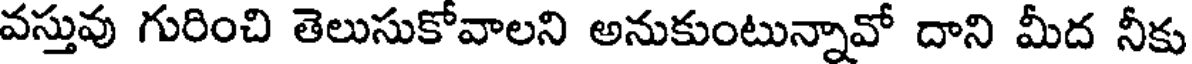
వస్తువు గురించి తెలుసుకోవాలని అనుకుంటున్నావో దాని మీద నీకు